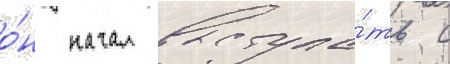
о́н начал выступа́ть с